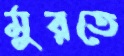
মুরতে